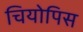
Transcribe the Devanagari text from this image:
चियोपिस